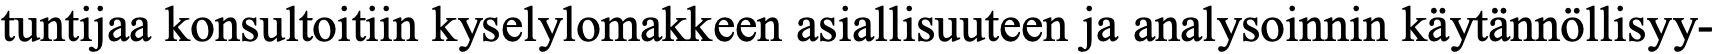
tuntijaa konsultoitiin kyselylomakkeen asiallisuuteen ja analysoinnin käytännöllisyy-